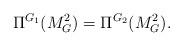
LaTeX: \begin{align*}\Pi^{G_1}(M_G^2) = \Pi^{G_2}(M_G^2).\end{align*}